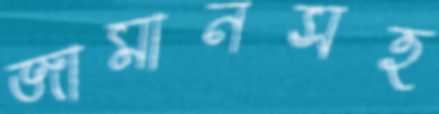
জামানসহ